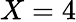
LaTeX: X=4